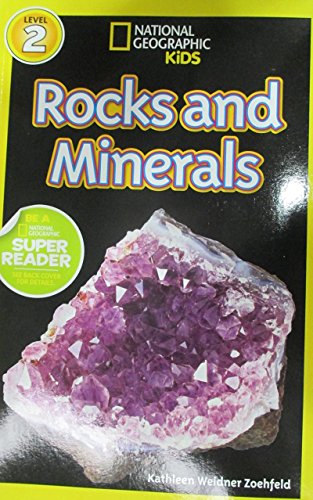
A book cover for National Geographic Readers: Rocks and Minerals; Kathleen Weidner Zoehfeld; Children's Books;